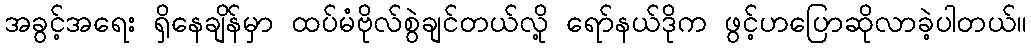
အခွင့်အရေး ရှိနေချိန်မှာ ထပ်မံဗိုလ်စွဲချင်တယ်လို့ ရော်နယ်ဒိုက ဖွင့်ဟပြောဆိုလာခဲ့ပါတယ်။